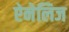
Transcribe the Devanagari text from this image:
ऐनेलिज